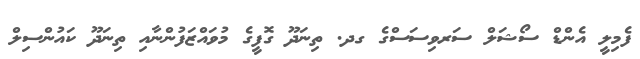
ފެމިލީ އެންޑް ސޯޝަލް ސަރވިސަސްގެ ގދ. ތިނަދޫ ގޮފީގެ މުވައްޒަފުންނާއި ތިނަދޫ ކައުންސިލް